Annual report of the Imperial Bacteriological Laboratory, Muktesar
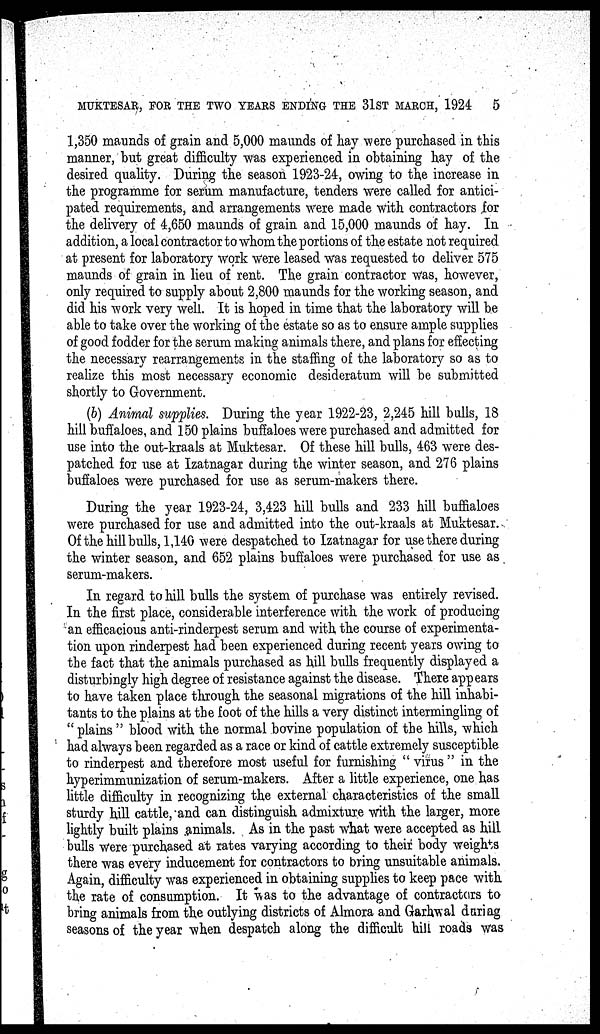
MUKTESAR, FOR THE TWO YEARS ENDING THE 31ST MARCH, 1924
5
1,350 maunds of grain and 5,000 maunds of hay were purchased in this
manner, but great difficulty was experienced in obtaining hay of the
desired quality. During the season 1923-24, owing to the increase in
the programme for serum manufacture, tenders were called for antici-
pated requirements, and arrangements were made with contractors for
the delivery of 4,650 maunds of grain and 15,000 maunds of hay. In
addition, a local contractor to whom the portions of the estate not required
at present for laboratory work were leased was requested to deliver 575
maunds of grain in lieu of rent. The grain contractor was, however,
only required to supply about 2,800 maunds for the working season, and
did his work very well. It is hoped in time that the laboratory will be
able to take over the working of the estate so as to ensure ample supplies
of good fodder for the serum making animals there, and plans for effecting
the necessary rearrangements in the staffing of the laboratory so as to
realize this most necessary economic desideratum will be submitted
shortly to Government.
(b) Animal supplies. During the year 1922-23, 2,245 hill bulls, 18
hill buffaloes, and 150 plains buffaloes were purchased and admitted for
use into the out-kraals at Muktesar. Of these hill bulls, 463 were des-
patched for use at Izatnagar during the winter season, and 276 plains
buffaloes were purchased for use as serum-makers there.
During the year 1923-24, 3,423 hill bulls and 233 hill buffialoes
were purchased for use and admitted into the out-kraals at Muktesar.
Of the hill bulls, 1,140 were despatched to Izatnagar for use there during
the winter season, and 652 plains buffaloes were purchased for use as
serum-makers.
In regard to hill bulls the system of purchase was entirely revised.
In the first place, considerable interference with the work of producing
an efficacious anti-rinderpest serum and with the course of experimenta-
tion upon rinderpest had been experienced during recent years owing to
the fact that the animals purchased as hill bulls frequently displayed a
disturbingly high degree of resistance against the disease. There appears
to have taken place through the seasonal migrations of the hill inhabi-
tants to the plains at the foot of the hills a very distinct intermingling of
" plains " blood with the normal bovine population of the hills, which
had always been regarded as a race or kind of cattle extremely susceptible
to rinderpest and therefore most useful for furnishing " virus " in the
hyperimmunization of serum-makers. After a little experience, one has
little difficulty in recognizing the external characteristics of the small
sturdy hill cattle, and can distinguish admixture with the larger, more
lightly built plains animals. As in the past what were accepted as hill
bulls were purchased at rates varying according to their body weights
there was every inducement for contractors to bring unsuitable animals.
Again, difficulty was experienced in obtaining supplies to keep pace with
the rate of consumption. It was to the advantage of contractors to
bring animals from the outlying districts of Almora and Garhwal during
seasons of the year when despatch along the difficult hill roads was